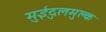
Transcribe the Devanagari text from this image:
मुईदुलमुल्क